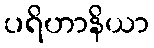
ပရိဟာနိယာ